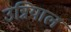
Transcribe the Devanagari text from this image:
उन्नियाल